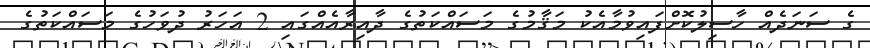
ގެ ސަނަދެއް ހާސިލުކޮށްފައިވުމާއެކު މަޤާމުގެ މަސައްކަތުގެ ދާއިރާއެއްގައި 2 އަހަރު ދުވަހުގެ މަސައްކަތުގެ